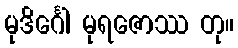
မုဒိင်္ဂေါ မုရဇောဿ တု။